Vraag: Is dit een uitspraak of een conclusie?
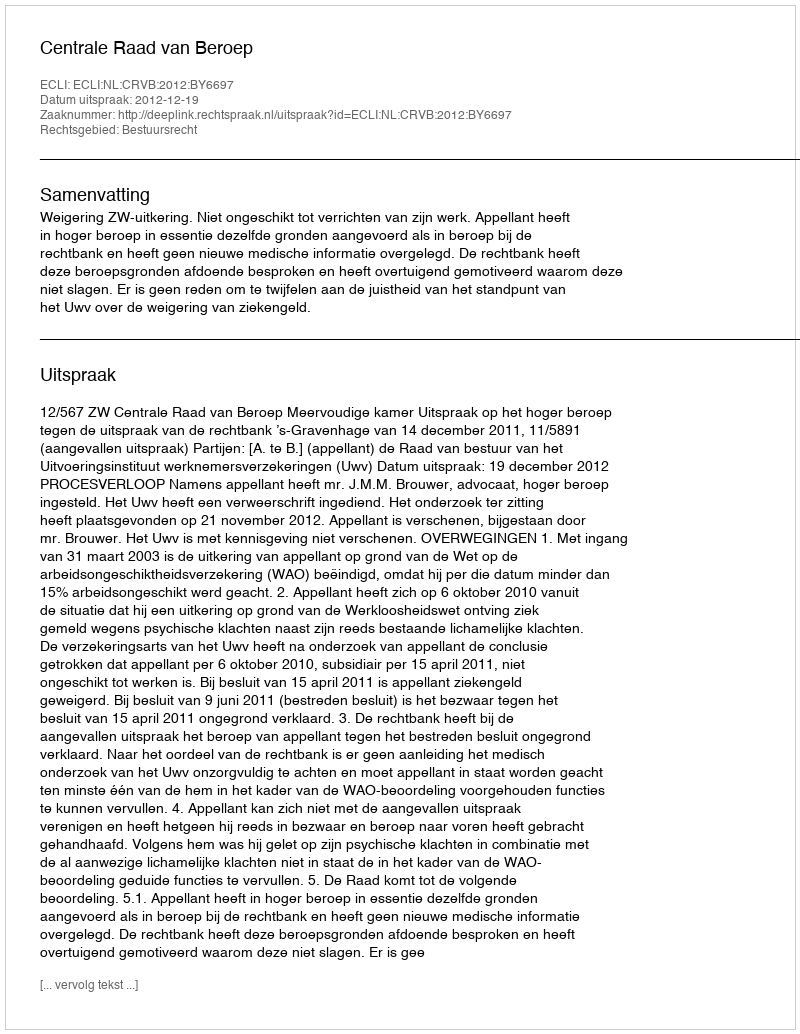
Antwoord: Uitspraak